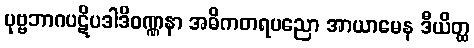
ပုဗ္ဗဘာဂပဋိပဒါဒိဝဏ္ဏနာ အဓိကတရပညော အာယာမေန ဒီယိတ္ထ